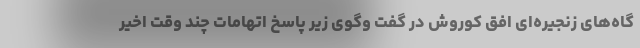
گاه‌های زنجیره‌ای افق کوروش در گفت وگوی زیر پاسخ اتهامات چند وقت اخیر